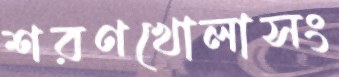
শরণখোলাসং